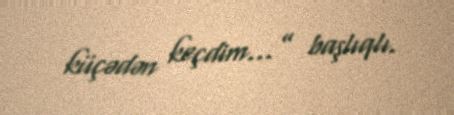
küçədən keçdim...” başlıqlı.